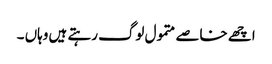
اچھے خاصے متمول لوگ رہتے ہیں وہاں ۔